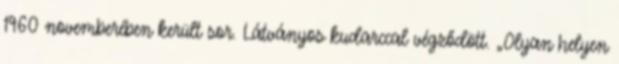
1960 novemberében került sor. Látványos kudarccal végződött. „Olyan helyen